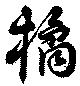
橘